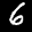
Label: 6